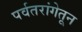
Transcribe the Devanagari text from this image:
पर्वतरांगेतून